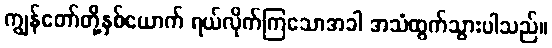
ကျွန်တော်တို့နှစ်ယောက် ရယ်လိုက်ကြသောအခါ အသံထွက်သွားပါသည်။